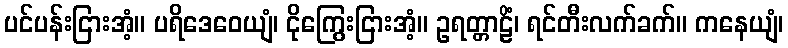
ပင်ပန်းငြားအံ့။ ပရိဒေဝေယျံ၊ ငိုကြွေးငြားအံ့။ ဥရတ္တာဠိံ၊ ရင်တီးလက်ခက်။ ကနေယျံ၊